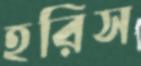
হরিস